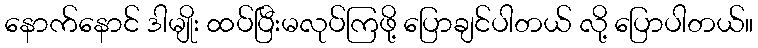
နောက်နောင် ဒါမျိုး ထပ်ပြီးမလုပ်ကြဖို့ ပြောချင်ပါတယ် လို့ ပြောပါတယ်။